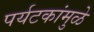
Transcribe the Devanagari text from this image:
पर्यटकांमुळे